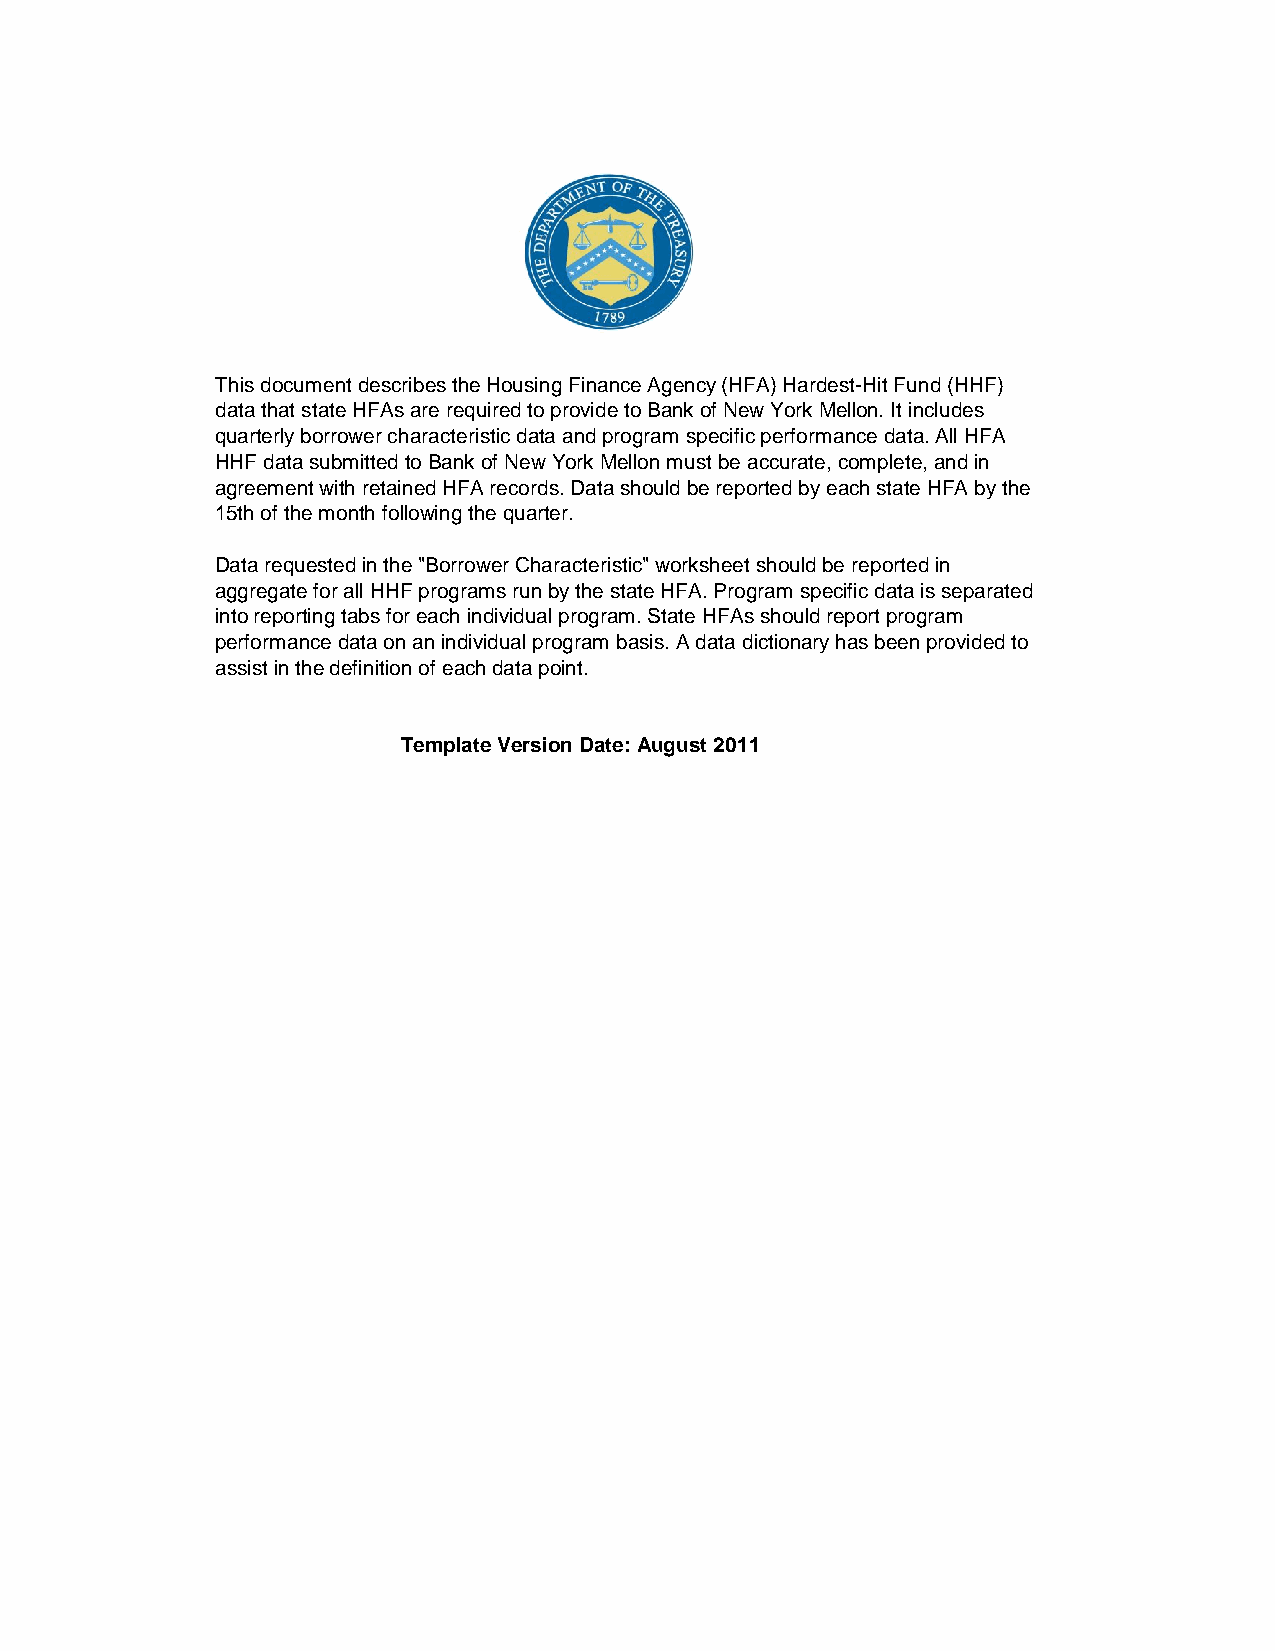
This document describes the Housing Finance Agency (HFA) Hardest-Hit Fund (HHF)
 data that state HFAs are required to provide to Bank of New York Mellon. It includes
 quarterly borrower characteristic data and program specific performance data. All HFA
 HHF data submitted to Bank of New York Mellon must be accurate, complete, and in
 agreement with retained HFA records. Data should be reported by each state HFA by the
 15th of the month following the quarter.
 Data requested in the "Borrower Characteristic" worksheet should be reported in
 aggregate for all HHF programs run by the state HFA. Program specific data is separated
 into reporting tabs for each individual program. State HFAs should report program
 performance data on an individual program basis. A data dictionary has been provided to
 assist in the definition of each data point.
 Template Version Date: August 2011